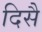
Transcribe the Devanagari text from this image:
दिसै